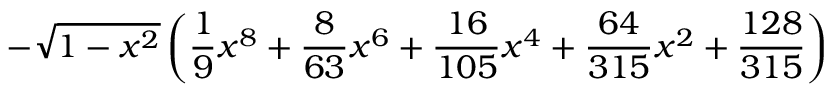
- \sqrt { 1 - x ^ { 2 } } \left( \frac { 1 } { 9 } x ^ { 8 } + \frac { 8 } { 6 3 } x ^ { 6 } + \frac { 1 6 } { 1 0 5 } x ^ { 4 } + \frac { 6 4 } { 3 1 5 } x ^ { 2 } + \frac { 1 2 8 } { 3 1 5 } \right)